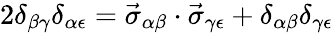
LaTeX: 2\delta_{\beta\gamma}\delta_{\alpha\epsilon}=\vec{\sigma}_{\alpha\beta}\cdot\vec{\sigma}_{\gamma\epsilon}+\delta_{\alpha\beta}\delta_{\gamma\epsilon}